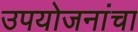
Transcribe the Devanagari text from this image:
उपयोजनांचा